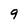
Character: 9